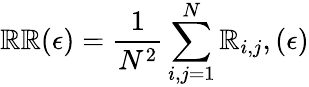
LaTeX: \mathbb{R}\mathbb{R}(\epsilon)=\frac{{1}}{{N^{2}}}\sum_{i,j=1}^{N}\mathbb{R}_{i,j},(\epsilon)